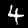
Digit: 4